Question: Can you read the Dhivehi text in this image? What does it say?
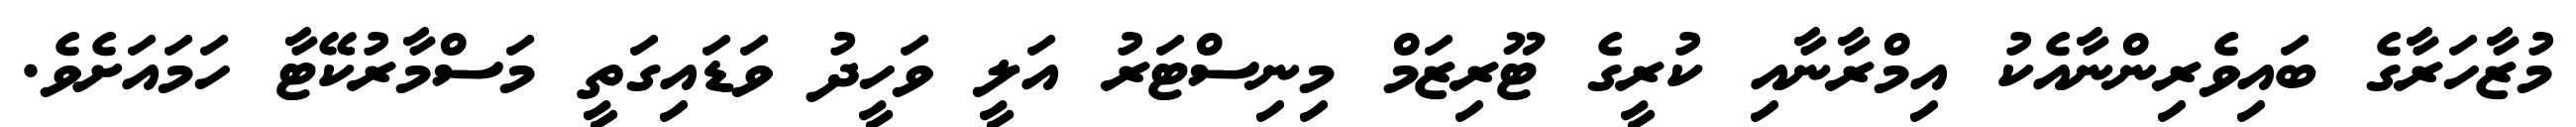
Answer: މުޒާހަރާގެ ބައިވެރިންނާއެކު އިމްރާނާއި ކުރީގެ ޓޫރިޒަމް މިނިސްޓަރު އަލީ ވަހީދު ވަޑައިގަތީ މަސްމާރުކޭޓާ ހަމައަށެވެ.